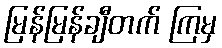
မြန်မြန်ချီတက် ကြမှ